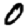
Digit: 0